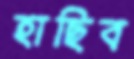
হাছিব